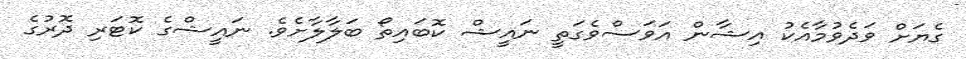
ގެޔަށް ވަދެވުމާއެކު އިޝާން އަވަސްވެގަތީ ނައީޝް ކޮބައިތޯ ބަލާލާށެވެ. ނައީޝްގެ ކޮޓަރި ދޮރުގެ